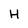
Character: H